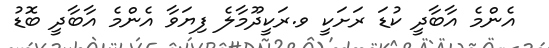
އެންމެ އާބާދީ ކުޑަ ރަށަކީ ވ.ރަކީދޫމާލެ ފިޔަވާ އެންމެ އާބާދީ ބޮޑު